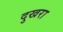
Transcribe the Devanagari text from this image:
दुखरा